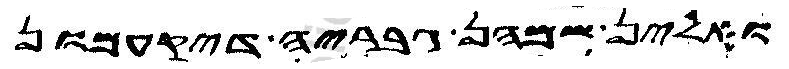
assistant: ואלין שמהן גבריה דיקעמון